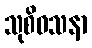
သုစိဝသနာ